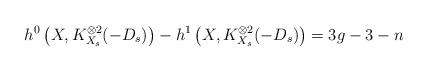
LaTeX: \begin{align*}h^0\left(X, K_{X_s}^{\otimes 2}(-D_s)\right) - h^1\left(X, K_{X_s}^{\otimes 2}(-D_s)\right) = 3g-3 - n\end{align*}